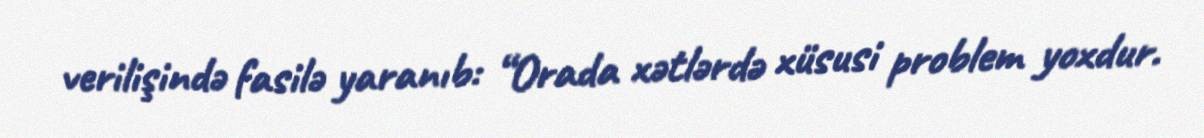
verilişində fasilə yaranıb: “Orada xətlərdə xüsusi problem yoxdur.